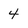
Character: 4